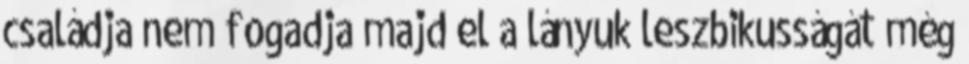
családja nem fogadja majd el a lányuk leszbikusságát még